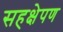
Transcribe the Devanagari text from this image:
सहक्षेपण